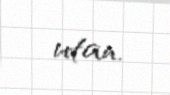
utan.